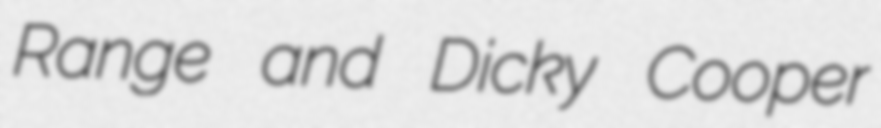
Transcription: Range and Dicky Cooper